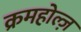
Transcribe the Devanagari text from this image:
क्रमहोल्ज़